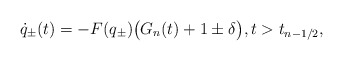
\begin{align*}\dot q_{\pm}(t)=-F(q_\pm)\big(G_n(t)+1\pm\delta\big),t>t_{n-1/2},\end{align*}